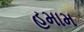
હમામ